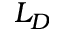
L _ { D }